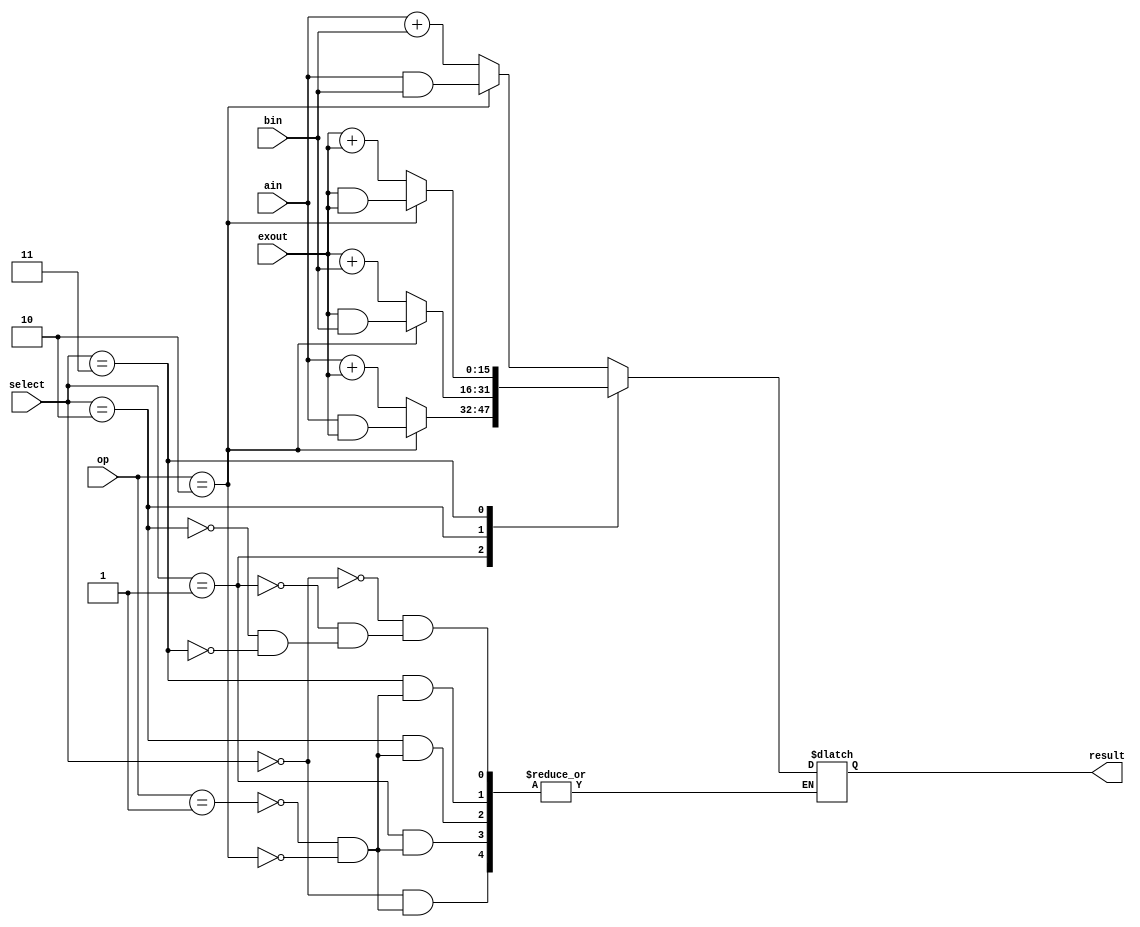
module alu(result,ain,bin,exout,select,op);
output reg [15:0]result;
input [15:0]ain,bin,exout;
input [1:0]op,select;
always @(*)
begin
case(select)
2'b00:
    begin
    case(op)
    2'b01:result<=ain+bin;
    2'b10:result<=ain&bin;
    endcase
    end
2'b01:
    begin
    case(op)
    2'b01:result<=ain+exout;
    2'b10:result<=ain&exout;
    endcase
    end
2'b10:
    begin
    case(op)
    2'b01:result<=exout+bin;
    2'b10:result<=exout&bin;
    endcase
    end
2'b11:
    begin
    case(op)
    2'b01:result<=exout+exout;
    2'b10:result<=exout&exout;
    endcase
    end
default:
    result<=ain+bin;
endcase
end
endmodule